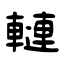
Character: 轋